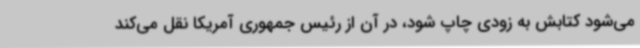
می‌شود کتابش به زودی چاپ شود، در آن از رئیس جمهوری آمریکا نقل می‌کند